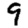
Digit: 9